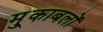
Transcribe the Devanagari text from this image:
मु्काबलों